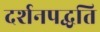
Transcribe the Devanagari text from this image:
दर्शनपद्धति